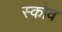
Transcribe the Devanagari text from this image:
स्‍कोव